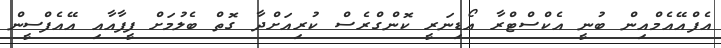
އެފްއޭއެމްއިން ބުނީ އެކްސްޓްރާ އޯޑިނަރީ ކޮންގްރެސް ކުރިއަށްދާ ގޮތް ބެލުމަށް ފީފާއާއި އޭއެފްސީން